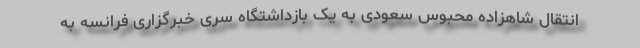
انتقال شاهزاده محبوس سعودی به یک بازداشتگاه سری خبرگزاری فرانسه به